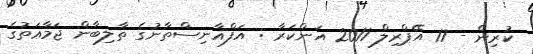
ކުރިން - 17 އޭޕްރިލް 2011 އަންކަރާ : އަފްޣާނިސްތާނުގެ ތާލިބާން ޖަމާޢަތުގެ